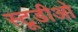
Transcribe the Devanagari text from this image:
स्टूडीओ